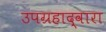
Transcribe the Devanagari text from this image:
उपग्रहाद्वारा